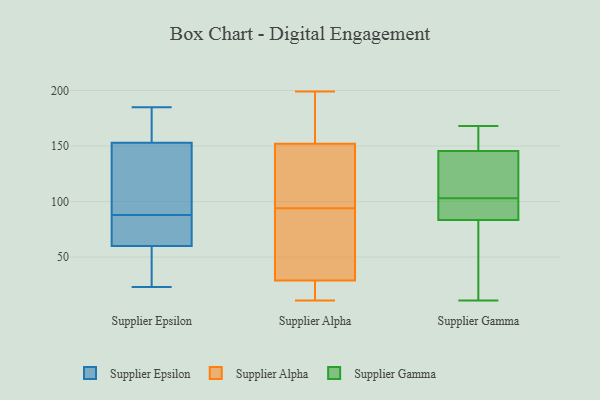
{"axis": {"x": "Active Users", "y": "Value"}, "legend": ["Supplier Alpha", "Supplier Epsilon", "Supplier Gamma"], "data": [{"x": "", "y": 51, "type": "Supplier Epsilon"}, {"x": "", "y": 162, "type": "Supplier Epsilon"}, {"x": "", "y": 69, "type": "Supplier Epsilon"}, {"x": "", "y": 185, "type": "Supplier Epsilon"}, {"x": "", "y": 94, "type": "Supplier Epsilon"}, {"x": "", "y": 153, "type": "Supplier Epsilon"}, {"x": "", "y": 102, "type": "Supplier Epsilon"}, {"x": "", "y": 24, "type": "Supplier Epsilon"}, {"x": "", "y": 23, "type": "Supplier Epsilon"}, {"x": "", "y": 180, "type": "Supplier Epsilon"}, {"x": "", "y": 74, "type": "Supplier Epsilon"}, {"x": "", "y": 60, "type": "Supplier Epsilon"}, {"x": "", "y": 82, "type": "Supplier Epsilon"}, {"x": "", "y": 145, "type": "Supplier Epsilon"}, {"x": "", "y": 16, "type": "Supplier Alpha"}, {"x": "", "y": 11, "type": "Supplier Alpha"}, {"x": "", "y": 157, "type": "Supplier Alpha"}, {"x": "", "y": 183, "type": "Supplier Alpha"}, {"x": "", "y": 124, "type": "Supplier Alpha"}, {"x": "", "y": 50, "type": "Supplier Alpha"}, {"x": "", "y": 27, "type": "Supplier Alpha"}, {"x": "", "y": 147, "type": "Supplier Alpha"}, {"x": "", "y": 31, "type": "Supplier Alpha"}, {"x": "", "y": 75, "type": "Supplier Alpha"}, {"x": "", "y": 199, "type": "Supplier Alpha"}, {"x": "", "y": 113, "type": "Supplier Alpha"}, {"x": "", "y": 131, "type": "Supplier Gamma"}, {"x": "", "y": 152, "type": "Supplier Gamma"}, {"x": "", "y": 82, "type": "Supplier Gamma"}, {"x": "", "y": 100, "type": "Supplier Gamma"}, {"x": "", "y": 27, "type": "Supplier Gamma"}, {"x": "", "y": 168, "type": "Supplier Gamma"}, {"x": "", "y": 88, "type": "Supplier Gamma"}, {"x": "", "y": 92, "type": "Supplier Gamma"}, {"x": "", "y": 144, "type": "Supplier Gamma"}, {"x": "", "y": 78, "type": "Supplier Gamma"}, {"x": "", "y": 44, "type": "Supplier Gamma"}, {"x": "", "y": 118, "type": "Supplier Gamma"}, {"x": "", "y": 167, "type": "Supplier Gamma"}, {"x": "", "y": 90, "type": "Supplier Gamma"}, {"x": "", "y": 11, "type": "Supplier Gamma"}, {"x": "", "y": 103, "type": "Supplier Gamma"}, {"x": "", "y": 146, "type": "Supplier Gamma"}, {"x": "", "y": 132, "type": "Supplier Gamma"}, {"x": "", "y": 152, "type": "Supplier Gamma"}]}